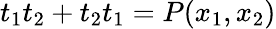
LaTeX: t_{1}t_{2}+t_{2}t_{1}=P(x_{1},x_{2})